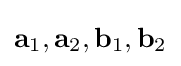
\mathbf {a} _{1},\mathbf {a} _{2},\mathbf {b} _{1},\mathbf {b} _{2}